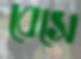
বেসে